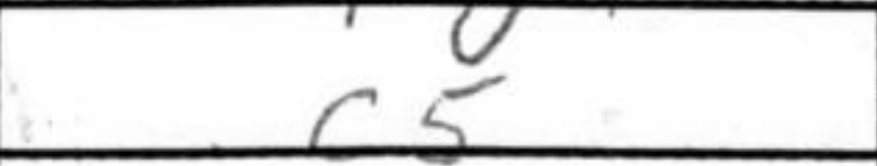
Transcription: c5